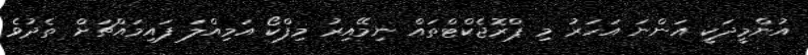
އުންމީދަކީ އަންނަ އަހަރު މި ޕްރޮޖެކްޓްތައް ނިމޭއިރު މިފްކޯ އަމިއްލަ ފައިމައްޗަށް ތެދުވެ